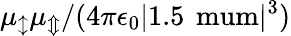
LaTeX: \mu_{\updownarrow}\mu_{\Updownarrow}/(4\pi\epsilon_{0}|1.5\, \mathrm{\ mum}|^{3})